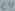
Text: C4